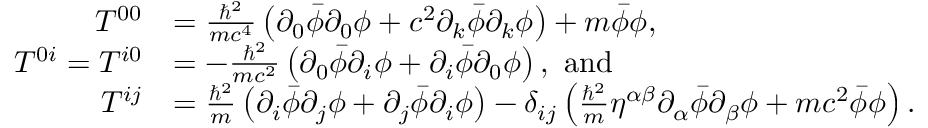
{ \begin{array} { r l } { T ^ { 0 0 } } & { = { \frac { \hbar ^ { 2 } } { m c ^ { 4 } } } \left( \partial _ { 0 } { \bar { \phi } } \partial _ { 0 } \phi + c ^ { 2 } \partial _ { k } { \bar { \phi } } \partial _ { k } \phi \right) + m { \bar { \phi } } \phi , } \\ { T ^ { 0 i } = T ^ { i 0 } } & { = - { \frac { \hbar ^ { 2 } } { m c ^ { 2 } } } \left( \partial _ { 0 } { \bar { \phi } } \partial _ { i } \phi + \partial _ { i } { \bar { \phi } } \partial _ { 0 } \phi \right) , \ \mathrm { a n d } } \\ { T ^ { i j } } & { = { \frac { \hbar ^ { 2 } } { m } } \left( \partial _ { i } { \bar { \phi } } \partial _ { j } \phi + \partial _ { j } { \bar { \phi } } \partial _ { i } \phi \right) - \delta _ { i j } \left( { \frac { \hbar ^ { 2 } } { m } } \eta ^ { \alpha \beta } \partial _ { \alpha } { \bar { \phi } } \partial _ { \beta } \phi + m c ^ { 2 } { \bar { \phi } } \phi \right) . } \end{array} }